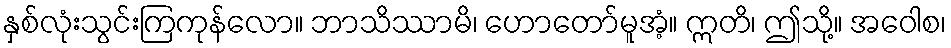
နှစ်လုံးသွင်းကြကုန်လော။ ဘာသိဿာမိ၊ ဟောတော်မူအံ့။ ဣတိ၊ ဤသို့။ အဝေါစ၊